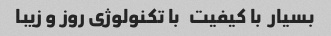
بسیار  با کیفیت   با تکنولوژی روز و زیبا